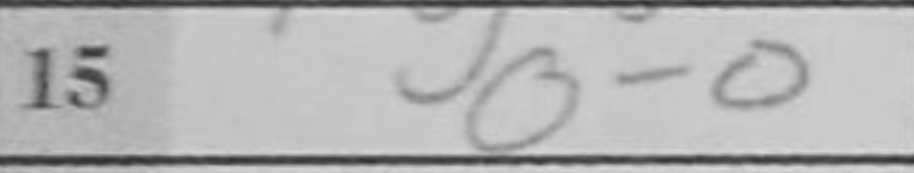
Transcription: O-O